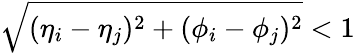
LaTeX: \sqrt{(\eta_{i}-\eta_{j})^{2}+(\phi_{i}-\phi_{j})^{2}}<1